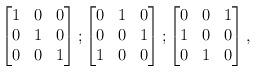
LaTeX: \begin{align*}\begin{bmatrix}1 & 0 & 0 \\0 & 1 & 0 \\0 & 0 & 1\end{bmatrix};\begin{bmatrix}0 & 1 & 0 \\0 & 0 & 1 \\1 & 0 & 0\end{bmatrix};\begin{bmatrix}0 & 0 & 1 \\1 & 0 & 0 \\0 & 1 & 0\end{bmatrix},\end{align*}